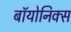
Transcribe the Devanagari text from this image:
बॉयोनिक्स